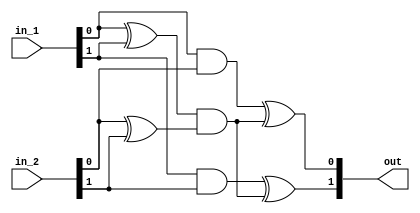
// Roll no.: 19ME10101
// Project Description: AES Canright S-box

module mul_gf_4(
    input [1:0] in_1,
    input [1:0] in_2,
    output [1:0] out
);
wire w1, w2, w3;
assign w1 = (in_1[0] ^ in_1[1]) & (in_2[0] ^ in_2[1]);
assign w2 = (in_1[0] & in_2[0]) ^ w1;
assign w3 = (in_1[1] & in_2[1]) ^ w1;
assign out = {w3, w2};
endmodule

module scale_gf_4(
    input [1:0] in,
    output [1:0] out
);
assign out = {in[0], in[0] ^ in[1]};
endmodule

module scale_sq_gf_4(
    input [1:0] in,
    output [1:0] out
);
assign out = {in[0] ^ in[1], in[1]};
endmodule

module inv_gf_4(
    input [1:0] in,
    output [1:0] out
);
assign out = {in[0], in[1]};
endmodule

module mul_gf_16(
    input [3:0] in_1,
    input [3:0] in_2,
    output [3:0] out
);
wire [1:0] in_1_h, in_1_l, in_2_h, in_2_l, w1, w2, wll, whh;
assign in_1_h = in_1[3:2];
assign in_1_l = in_1[1:0];
assign in_2_h = in_2[3:2];
assign in_2_l = in_2[1:0];
mul_gf_4 mul1(.in_1(in_1_l^in_1_h), .in_2(in_2_h^in_2_l), .out(w1));
scale_gf_4 scl(.in(w1), .out(w2));
mul_gf_4 mul2(.in_1(in_1_l), .in_2(in_2_l), .out(wll));
mul_gf_4 mul3(.in_1(in_1_h), .in_2(in_2_h), .out(whh));
assign out = {whh ^ w2, wll ^ w2};
endmodule

module sq_scale_gf_16(
    input [3:0] in,
    output [3:0] out
);
wire [1:0] w1, w2, w3;
inv_gf_4 inv1(.in(in[3:2] ^ in[1:0]), .out(w1));
inv_gf_4 inv2(.in(in[1:0]), .out(w2));
scale_sq_gf_4 scl(.in(w2), .out(w3));
assign out= {w1, w3};
endmodule

module inv_gf_16(
    input [3:0] in,
    output [3:0] out
);
wire [1:0] in_h, in_l, w0, w1, w2, w3, o1, o2;
assign in_h = in[3:2];
assign in_l = in[1:0];
inv_gf_4 inv1(.in(in_h ^ in_l), .out(w0));
scale_gf_4 scl(.in(w0), .out(w1));
mul_gf_4 mul1(.in_1(in_l), .in_2(in_h), .out(w2));
inv_gf_4 inv2(.in(w1 ^ w2), .out(w3));
mul_gf_4 mul2(.in_1(w3), .in_2(in_l), .out(o1));
mul_gf_4 mul3(.in_1(w3), .in_2(in_h), .out(o2));
assign out = {o1, o2};
endmodule

module inv_gf_256(
    input [7:0] in,
    output [7:0] out
);
wire [3:0] in_h, in_l, w1, w2, w3, o0, o1;
assign in_h = in[7:4];
assign in_l = in[3:0];
sq_scale_gf_16 sqscl(.in(in_h ^ in_l), .out(w1));
mul_gf_16 mul1(.in_1(in_h), .in_2(in_l), .out(w2));
inv_gf_16 inv(.in(w1 ^ w2), .out(w3));
mul_gf_16 mul2(.in_1(w3), .in_2(in_l), .out(o0));
mul_gf_16 mul3(.in_1(w3), .in_2(in_h), .out(o1));
assign out = {o0, o1};
endmodule

module sbox(
    input [7:0] A,
    output [7:0] S
);
wire [7:0] AtoX, X;
wire x65, x10, s53, s60, s41;
assign x65 = A[6] ^ A[5];
assign x10 = A[1] ^ A[0];
assign AtoX[7] = A[7] ^ x65 ^ A[2] ^ x10;
assign AtoX[6] = x65 ^ A[4] ^ A[0];
assign AtoX[5] = x65 ^ x10;
assign AtoX[4] = A[7] ^ x65 ^ A[0];
assign AtoX[3] = A[7] ^ A[4] ^ A[3] ^ x10;
assign AtoX[2] = A[0];
assign AtoX[1] = x65 ^ A[0];
assign AtoX[0] = A[6] ^ A[3] ^ A[2] ^ x10;
inv_gf_256 inv256(.in(AtoX), .out(X));
assign s53 = X[5] ^ X[3];
assign s60 = X[6] ^ X[0];
assign s41 = X[4] ^ X[1] ^ 1'b1;
assign S[7] = s53;
assign S[6] = X[7] ^ X[3] ^ 1'b1;
assign S[5] = s60 ^ 1'b1;
assign S[4] = X[7] ^ s53;
assign S[3] = X[7] ^ X[6] ^ X[4] ^ s53;
assign S[2] = X[2] ^ s53 ^ s60;
assign S[1] = X[5] ^ s41;
assign S[0] = X[6] ^ s41;
endmodule